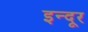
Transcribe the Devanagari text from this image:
इन्दूर